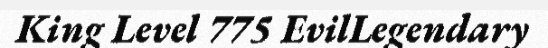
King Level 775 EvilLegendary